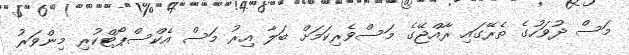
މަސް ދުވަހުގެ ތެރޭގައި ރާއްޖޭގެ މަސްވެރިކަމަށް ބަލާ އިރު މަސް އެކްސްޕޯޓްކުރި މިންވަރު